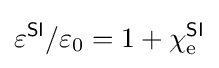
\varepsilon ^{\textsf {SI}}/\varepsilon _{0}=1+\chi _{\text{e}}^{\textsf {SI}}